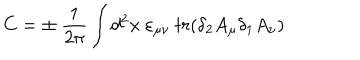
C = \pm \ { \frac { 1 } { 2 \pi } } \int d ^ { 2 } x \ \varepsilon _ { \mu \nu } \ t r ( \delta _ { 2 } A _ { \mu } \delta _ { 1 } A _ { \nu } )